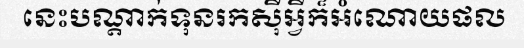
នេះបណ្តាក់ទុនរកស៊ីអ្វីក៏អំណោយផល